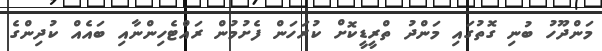
މަންދޫހު ބުނި ގޮތުގައި މަންދު ތްރީޑީކޮށް ކުރަހަން ފެށުމުން ރައްޓެހިންނާއި ބައެއް ކުދިންގެ